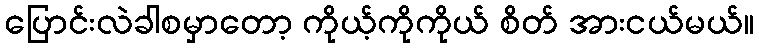
ပြောင်းလဲခါစမှာတော့ ကိုယ့်ကိုကိုယ် စိတ် အားငယ်မယ်။